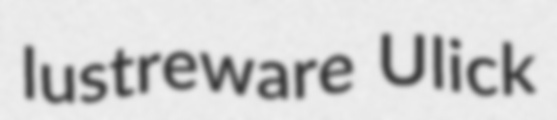
lustreware Ulick